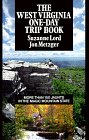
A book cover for The West Virginia One-Day Trip Book; Suzanne Lord; Travel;